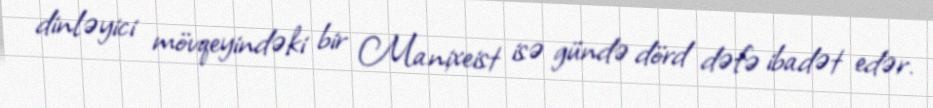
dinləyici mövqeyindəki bir Manixeist isə gündə dörd dəfə ibadət edər.